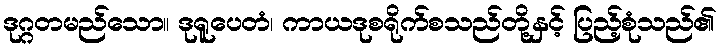
ဒုဂ္ဂတမည်သော။ ဒုရူပေတံ၊ ကာယဒုစရိုက်စသည်တို့နှင့် ပြည့်စုံသည်၏